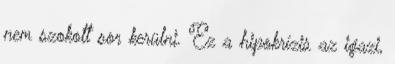
nem szokott sor kerülni. Ez a hipokrízis az igazi,